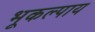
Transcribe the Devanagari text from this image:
भूकल्पाय